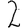
Digit: 2